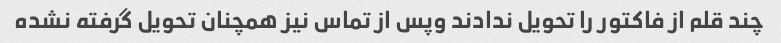
چند قلم از فاکتور را تحویل ندادند وپس از تماس نیز همچنان تحویل گرفته نشده